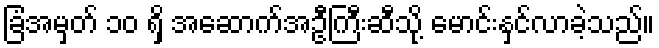
ခြံအမှတ် ၁၀ ရှိ အဆောက်အဦကြီးဆီသို့ မောင်းနှင်လာခဲ့သည်။